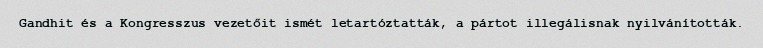
Gandhit és a Kongresszus vezetőit ismét letartóztatták, a pártot illegálisnak nyilvánították.